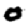
Digit: 0